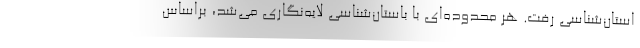
استان‌شناسی رفت. هر محدوده‌ای با باستان‌شناسی لایه‌نگاری می‌شد، براساس